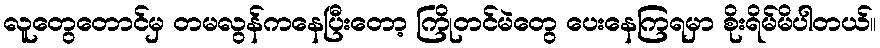
လူတွေတောင်မှ တမလွန်ကနေပြီးတော့ ကြိုတင်မဲတွေ ပေးနေကြရမှာ စိုးရိမ်မိပါတယ်။